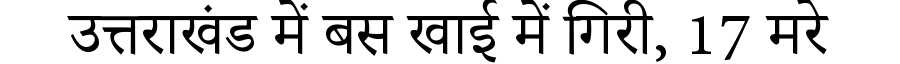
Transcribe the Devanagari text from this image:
उत्तराखंड में बस खाई में गिरी, 17 मरे